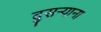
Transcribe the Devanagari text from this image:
दुसर्‍याना